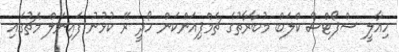
ހިއާލީ ސްޕޯޓްސް ކްލަބް މުބާރާތުގެ ޗެމްޕިއަންކަން ހޯދީ ރޭ ކުޅުނު ފައިނަލް މެޗުގައި